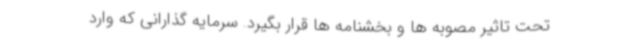
تحت تاثیر مصوبه ها و بخشنامه ها قرار بگیرد. سرمایه گذارانی که وارد